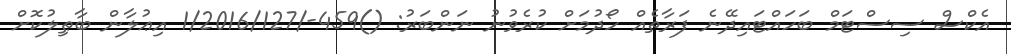
އެކްސް ސިސްޓަމް ބަހައްޓައިދޭނެ ފަރާތެއް ހޯދުމަށް ކުރެވުނު ނަންބަރު: ()459-/1/2016/127 އިޢުލާން ބާޠިލުކޮށް